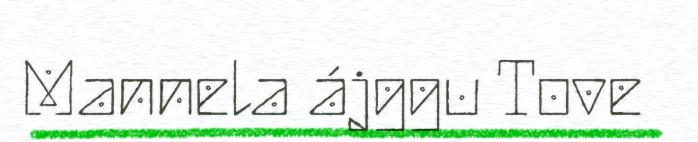
Mannela ájggu Tove